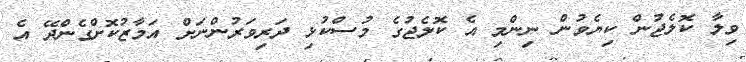
ވިލާ ކޮލެޖުން ކިޔެވުން ނިންމި އެ ކޮލެޖުގެ މުސްކުޅި ދަރިވަރުންނަށް އަމާޒުކޮށްގެންދޭ އެ